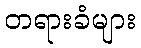
တရားခံများ